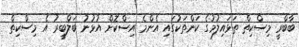
ބާބްރީ މިސްކިތް ތަޅައިލުމުގެ ކަންތަކުގައި އެންމެ އިސްކޮށް އުޅުނު ބަލްބީރު އެ މިސްކިތް